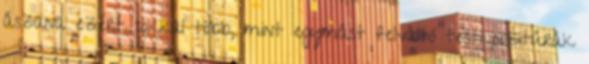
ászana ezért sokkal több, mint egymást felváltó testi pozitúrák